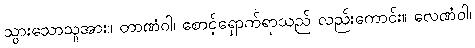
သွားသောသူအား။ တာဏံဝါ၊ စောင့်ရှောက်ရာသည် လည်းကောင်း။ လေဏံဝါ၊